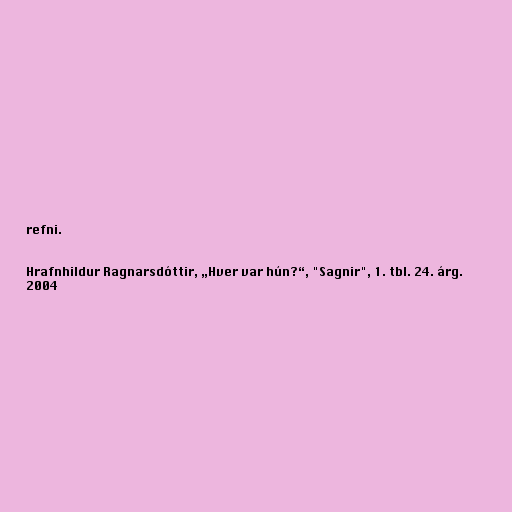
refni.

Hrafnhildur Ragnarsdóttir, „Hver var hún?“, "Sagnir", 1. tbl. 24. árg.
2004